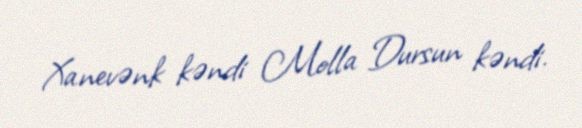
Xanevənk kəndi Molla Dursun kəndi.